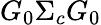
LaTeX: G_{0}\Sigma_{c}G_{0}